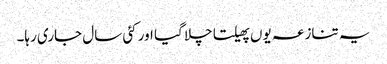
یہ تنازعہ یوں پھیلتا چلا گیا اور کئی سال جاری رہا۔